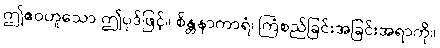
ဤဧဝဟူသော ဤပုဒ်ဖြင့်။ စိန္တနာကာရံ၊ ကြံစည်ခြင်းအခြင်းအရာကို။